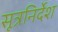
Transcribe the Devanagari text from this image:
सूत्रनिर्देश